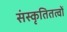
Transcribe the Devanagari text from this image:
संस्कृतितत्वों